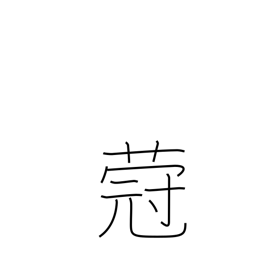
Meaning: type of plant